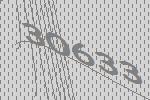
30633